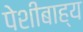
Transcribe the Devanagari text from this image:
पेशीबाह्य